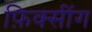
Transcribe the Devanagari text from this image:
फ़िक्सींग